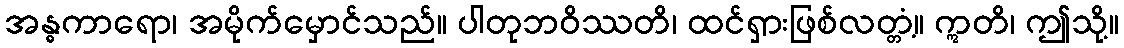
အန္ဓကာရော၊ အမိုက်မှောင်သည်။ ပါတုဘဝိဿတိ၊ ထင်ရှားဖြစ်လတ္တံ့။ ဣတိ၊ ဤသို့။